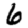
Digit: 6